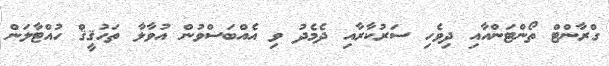
ގްރާންޓް ތޯންޓަންއާއި ދިވެހި ސަރުކާރާއި ދެމެދު ވި އެއްބަސްވުން އުވާލާ ތަހުޤީޤް ހުއްޓާލަން